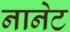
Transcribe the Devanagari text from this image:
नानेट